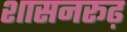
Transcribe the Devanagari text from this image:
शासनरूढ़